system: You are a helpful assistant.
user:
Analyze the provided spectrum to determine if it is a **Carbon Star (C-type)**.

- **Key Visual Indicators of Carbon Star:**
    - **(Primary):** Strong molecular absorption from **C₂ (diatomic carbon) "Swan Bands."** This is the **defining feature** of a carbon star.
        - **(Key Bandheads):** Sharp absorption edges are visible at approximately $5635$ Å, $5165$ Å (the strongest band), and $4737$ Å.
        - **(Line Profile):** Creates a distinct **"saw-tooth"** pattern. The key morphology is a sharp, steep bandhead on the **red (long-wavelength) side**, which then gradually tapers off (i.e., flux recovers) towards the **blue (short-wavelength) side**. *(This is the direct opposite of the TiO bands seen in M-type stars)*.

    - **(Secondary):** Intense **CN (cyanogen)** molecular absorption bands.
        - **(Key Bandheads):** Located in the blue and violet regions of the spectrum (e.g., near $4215$ Å and $3883$ Å).
        - **(Morphology):** These bands are extremely broad and act as a "blanket," absorbing the vast majority of blue and violet light. This creates a characteristic **"cliff"** or **"steep drop-off"** in the spectrum's flux at short wavelengths.

    - **(Key Confirmation):** Strong **CH absorption band (G-band)**.
        - **(Key Bandhead):** Located around $4300$ Å. The contribution from CH molecules to this band is exceptionally strong.

    - **(Overall Spectrum):**
        - The continuum is severely "chopped up" by these deep molecular bands, especially C₂, rather than appearing as a smooth curve.
        - Due to the heavy CN and C₂ absorption in the blue-green, the vast majority of the star's flux is concentrated in the red part of the spectrum, giving the star its characteristic deep red color.

Think first, call **spectral_visualization_tool** if needed to examine features in detail, then provide your final answer. Your response must adhere to the following strict rules:
1.  **Overall Structure:** Your response must follow the format `<think>...</think> <tool_call>...</tool_call> (if a tool is used) <answer>...</answer>`.
2.  **Tool Usage Constraint:** You may only make **one** tool call per turn.
3.  **Final Answer Format:** In the `<answer>` tag, your conclusion must be inside a `\boxed{}` command (e.g., `\boxed{YES}`), followed by your justification.

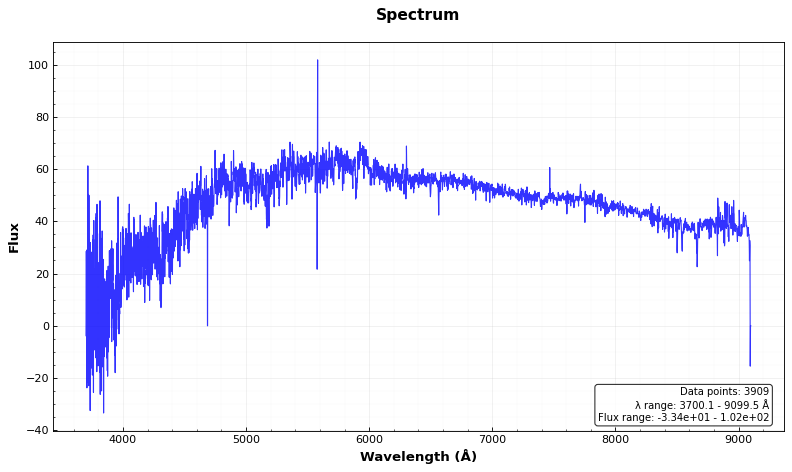
Answer: NO